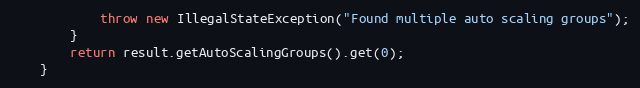
Language: Java
            throw new IllegalStateException("Found multiple auto scaling groups");
        }
        return result.getAutoScalingGroups().get(0);
    }